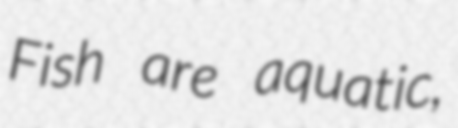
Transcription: Fish are aquatic,